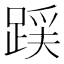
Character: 𮛪